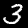
Digit: 3